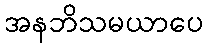
အနဘိသမယာပေ